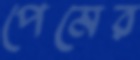
পেমের